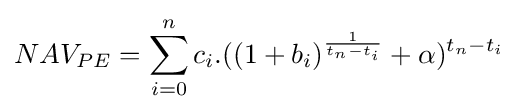
NAV_{PE}=\sum _{i=0}^{n}{c_{i}.((1+b_{i})^{\frac {1}{t_{n}-t_{i}}}+\alpha )^{t_{n}-t_{i}}}